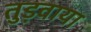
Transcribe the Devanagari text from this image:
तुड़वाया